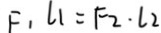
F _ { 1 } L _ { 1 } = F _ { 2 } \cdot L _ { 2 }